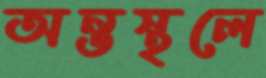
অন্তস্থলে